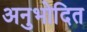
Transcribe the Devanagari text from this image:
अनुभोदित